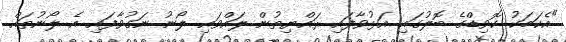
"އެކަމަކު ކޮވިޑްގެ ބޮލުގައި އަޅުވާފައި ރައްޔިތުން ލައްވައި ލޯނު ނަގުވާފައި އެ ލޯނުތައް